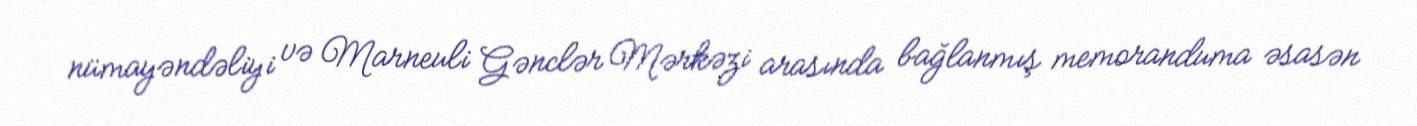
nümayəndəliyi və Marneuli Gənclər Mərkəzi arasında bağlanmış memoranduma əsasən